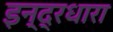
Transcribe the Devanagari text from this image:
इन्द्रधारा